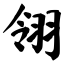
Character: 翎